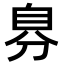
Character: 𮍔